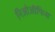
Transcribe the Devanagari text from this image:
निओऑफिस